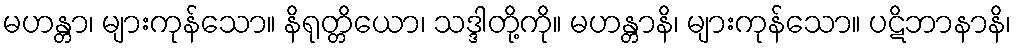
မဟန္တာ၊ များကုန်သော။ နိရုတ္တိယော၊ သဒ္ဒါတို့ကို။ မဟန္တာနိ၊ များကုန်သော။ ပဋိဘာနာနိ၊